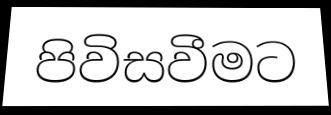
පිවිසවීමට